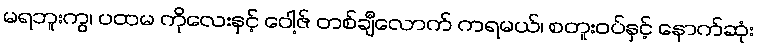
မရဘူးကွ၊ ပထမ ကိုလေးနှင့် ဝေါ့ဇ် တစ်ချီလောက် ကရမယ်၊ စတူးဝပ်နှင့် နောက်ဆုံး